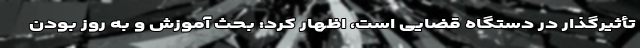
تأثیرگذار در دستگاه قضایی است، اظهار کرد: بحث آموزش و به روز بودن